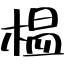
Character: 榲